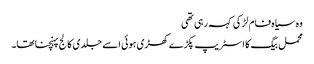
وہ سیاہ فام لڑکی کہہ رہی تھی
محمل بیگ کا اسٹریپ پکڑے کھڑی ہوئی اسے جلدی کالج پہنچنا تھا۔